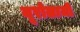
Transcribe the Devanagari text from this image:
यूरोलाजी